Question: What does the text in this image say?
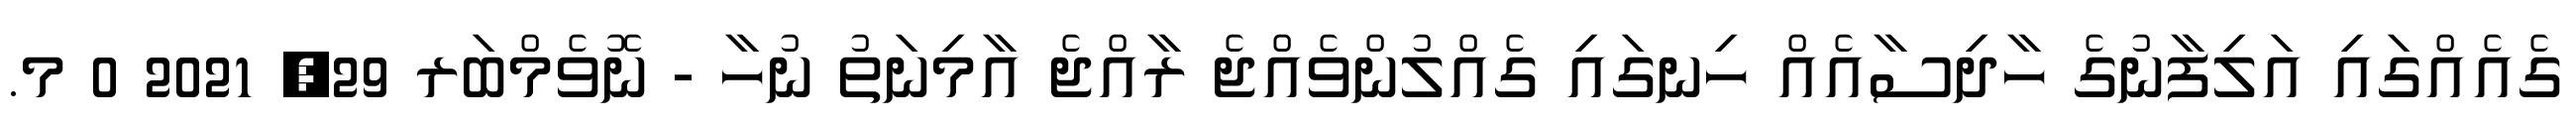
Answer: ގެއެއްގައި އަލިފާނުގެ ހާދިސާއެއް ހިނގައި ގެއްލުންވެއްޖެ ރާއްޖެ އާމިނަތު ނުހާ - ނޮވެމްބަރ 29, 2021 0 މ.